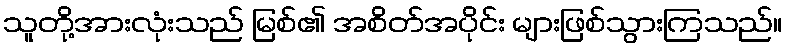
သူတို့အားလုံးသည် မြစ်၏ အစိတ်အပိုင်း များဖြစ်သွားကြသည်။